Preliminary report on the killing of rats and rat fleas by hydrocyanic acid gas - Number 38
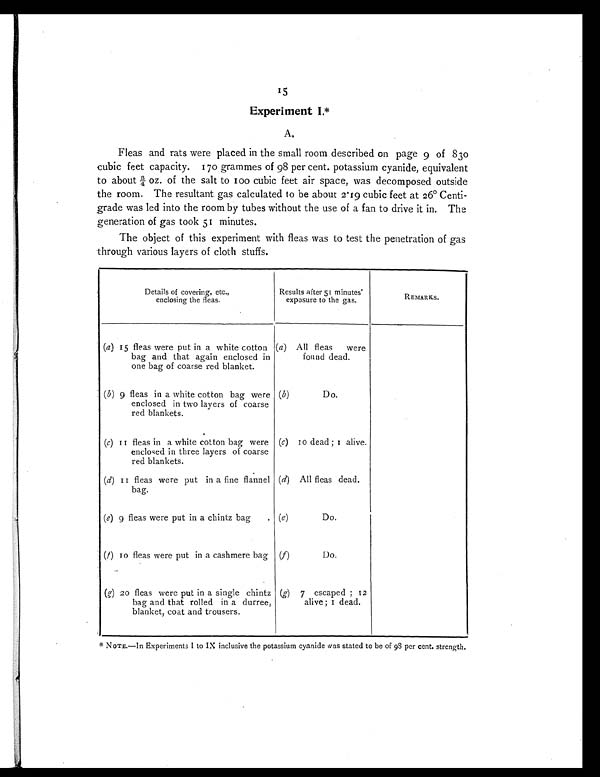
15
Experiment I. *
A.
Fleas and rats were placed in the small room described on page 9 of 830
cubic feet capacity. 170 grammes of 98 per cent. potassium cyanide, equivalent
to about ¾ oz. of the salt to 100 cubic feet air space, was decomposed outside
the room. The resultant gas calculated to be about 2.19 cubic feet at 26° Centi-
grade was led into the room by tubes without the use of a fan to drive it in. The
generation of gas took 51 minutes.
The object of this experiment with fleas was to test the penetration of gas
through various layers of cloth stuffs.
Details of covering, etc.,
enclosing the fleas.
Results after 51 minutes'
exposure to the gas.
REMARKS.
(a) 15 fleas were put in a white cotton
bag and that again enclosed in
one bag of coarse red blanket.
(a) All fleas were
found dead.
( b ) 9 fleas in a white cotton bag were
enclosed in two layers of coarse
red blankets.
( b) Do.
(c) 11 fleas in a white cotton bag were
enclosed in three layers of coarse
red blankets.
(c) 10 dead ; 1 alive.
(d) 11 fleas were put in a fine flannel
bag.
(d) All fleas dead.
(e) 9 fleas were put in a chintz bag
( e ) Do.
(f ) 10 fleas were put in a cashmere bag (f) Do.
(g) 20 fleas were put in a single chintz
bag and that rolled in a durree,
blanket, coat and trousers.
(g) 7 escaped; 12
alive; 1 dead.
* NOTE.—In Experiments I to IX inclusive the potassium cyanide was stated to be of 98 per cent. strength.